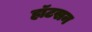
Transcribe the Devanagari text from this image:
हॉटसन